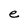
Character: e